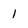
Character: 1